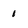
Character: 1